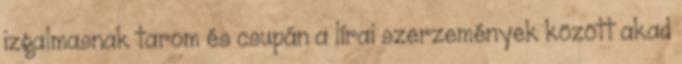
izgalmasnak tarom és csupán a lírai szerzemények között akad